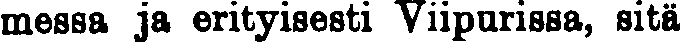
messa ja erityisesti Viipurissa, sitä